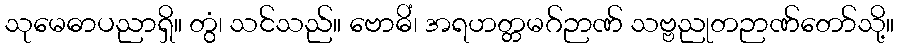
သုမေဓာပညာရှိ။ တွံ၊ သင်သည်။ ဗောဓိံ၊ အရဟတ္တမဂ်ဉာဏ် သဗ္ဗညုတဉာဏ်တော်သို့။